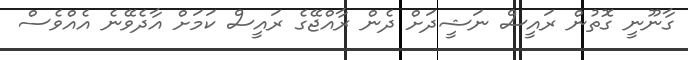
ގާނޫނީ ގޮތުން ރައީސް ނަޝީދަށް ދެން ރާއްޖޭގެ ރައީސް ކަމަށް އާދެވޭނެ އެއްވެސް